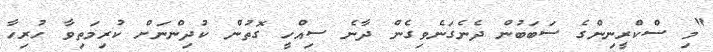
"މި ސްކްރީނިންގެ ސަބަބުން ދެނެގަނެވިގެން ދާނެ ސިއްހީ ގޮތުން ކުދިންނަށް ކުރިމަތިވާ ހުރިހާ